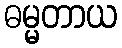
ဓမ္မတာယ